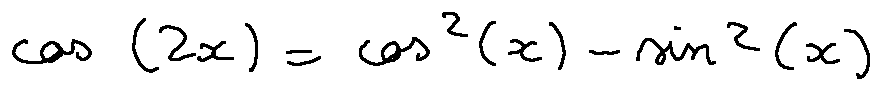
\cos ( 2 x ) = \cos ^ { 2 } ( x ) - \sin ^ { 2 } ( x )